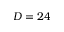
D = 2 4